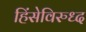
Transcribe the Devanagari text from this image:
हिंसेविरुध्द